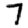
Digit: 7